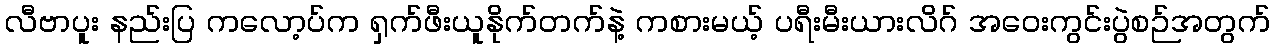
လီဗာပူး နည်းပြ ကလော့ပ်က ရှက်ဖီးယူနိုက်တက်နဲ့ ကစားမယ့် ပရီးမီးယားလိဂ် အဝေးကွင်းပွဲစဉ်အတွက်